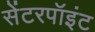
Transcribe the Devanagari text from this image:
सेंटरपॉइंट